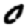
Digit: 0